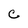
Character: C